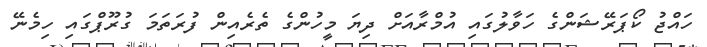
ހައްޖު ކޯޕަރޭޝަންގެ ހަވާލުގައި އުމްރާއަށް ދިޔަ މީހުންގެ ތެރެއިން ފުރަތަމަ ގުރޫޕްގައި ހިމެނޭ